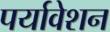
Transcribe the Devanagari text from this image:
पर्यावेशन